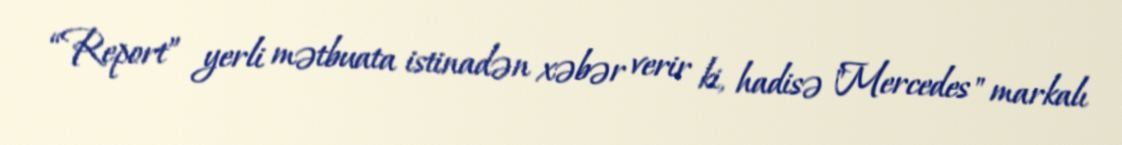
“Report” yerli mətbuata istinadən xəbər verir ki, hadisə "Mercedes" markalı